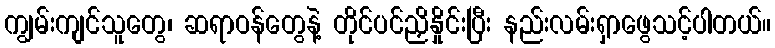
ကျွမ်းကျင်သူတွေ၊ ဆရာဝန်တွေနဲ့ တိုင်ပင်ညှိနှိုင်းပြီး နည်းလမ်းရှာဖွေသင့်ပါတယ်။